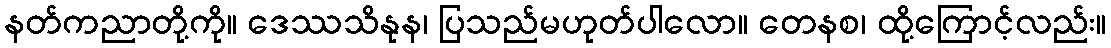
နတ်ကညာတို့ကို။ ဒေဿသိနုန၊ ပြသည်မဟုတ်ပါလော။ တေနစ၊ ထို့ကြောင့်လည်း။